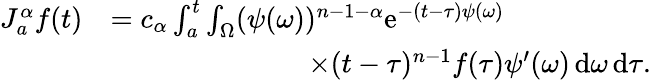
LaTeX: \begin{array}{rl}{J_{a}^{\alpha}f(t)}&{=c_{\alpha}\int_{a}^{t}\int_{\Omega}(\psi(\omega))^{n-1-\alpha}\mathrm e^{-(t-\tau)\psi(\omega)}}\\ &{\qquad\qquad\qquad\quad\times(t-\tau)^{n-1}f(\tau)\psi^{\prime}(\omega)\, \mathrm d\omega\, \mathrm d\tau.}\end{array}